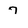
Character: 7